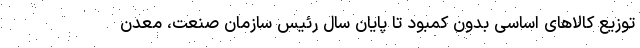
توزیع کالاهای اساسی بدون کمبود تا پایان سال رئیس سازمان صنعت، معدن